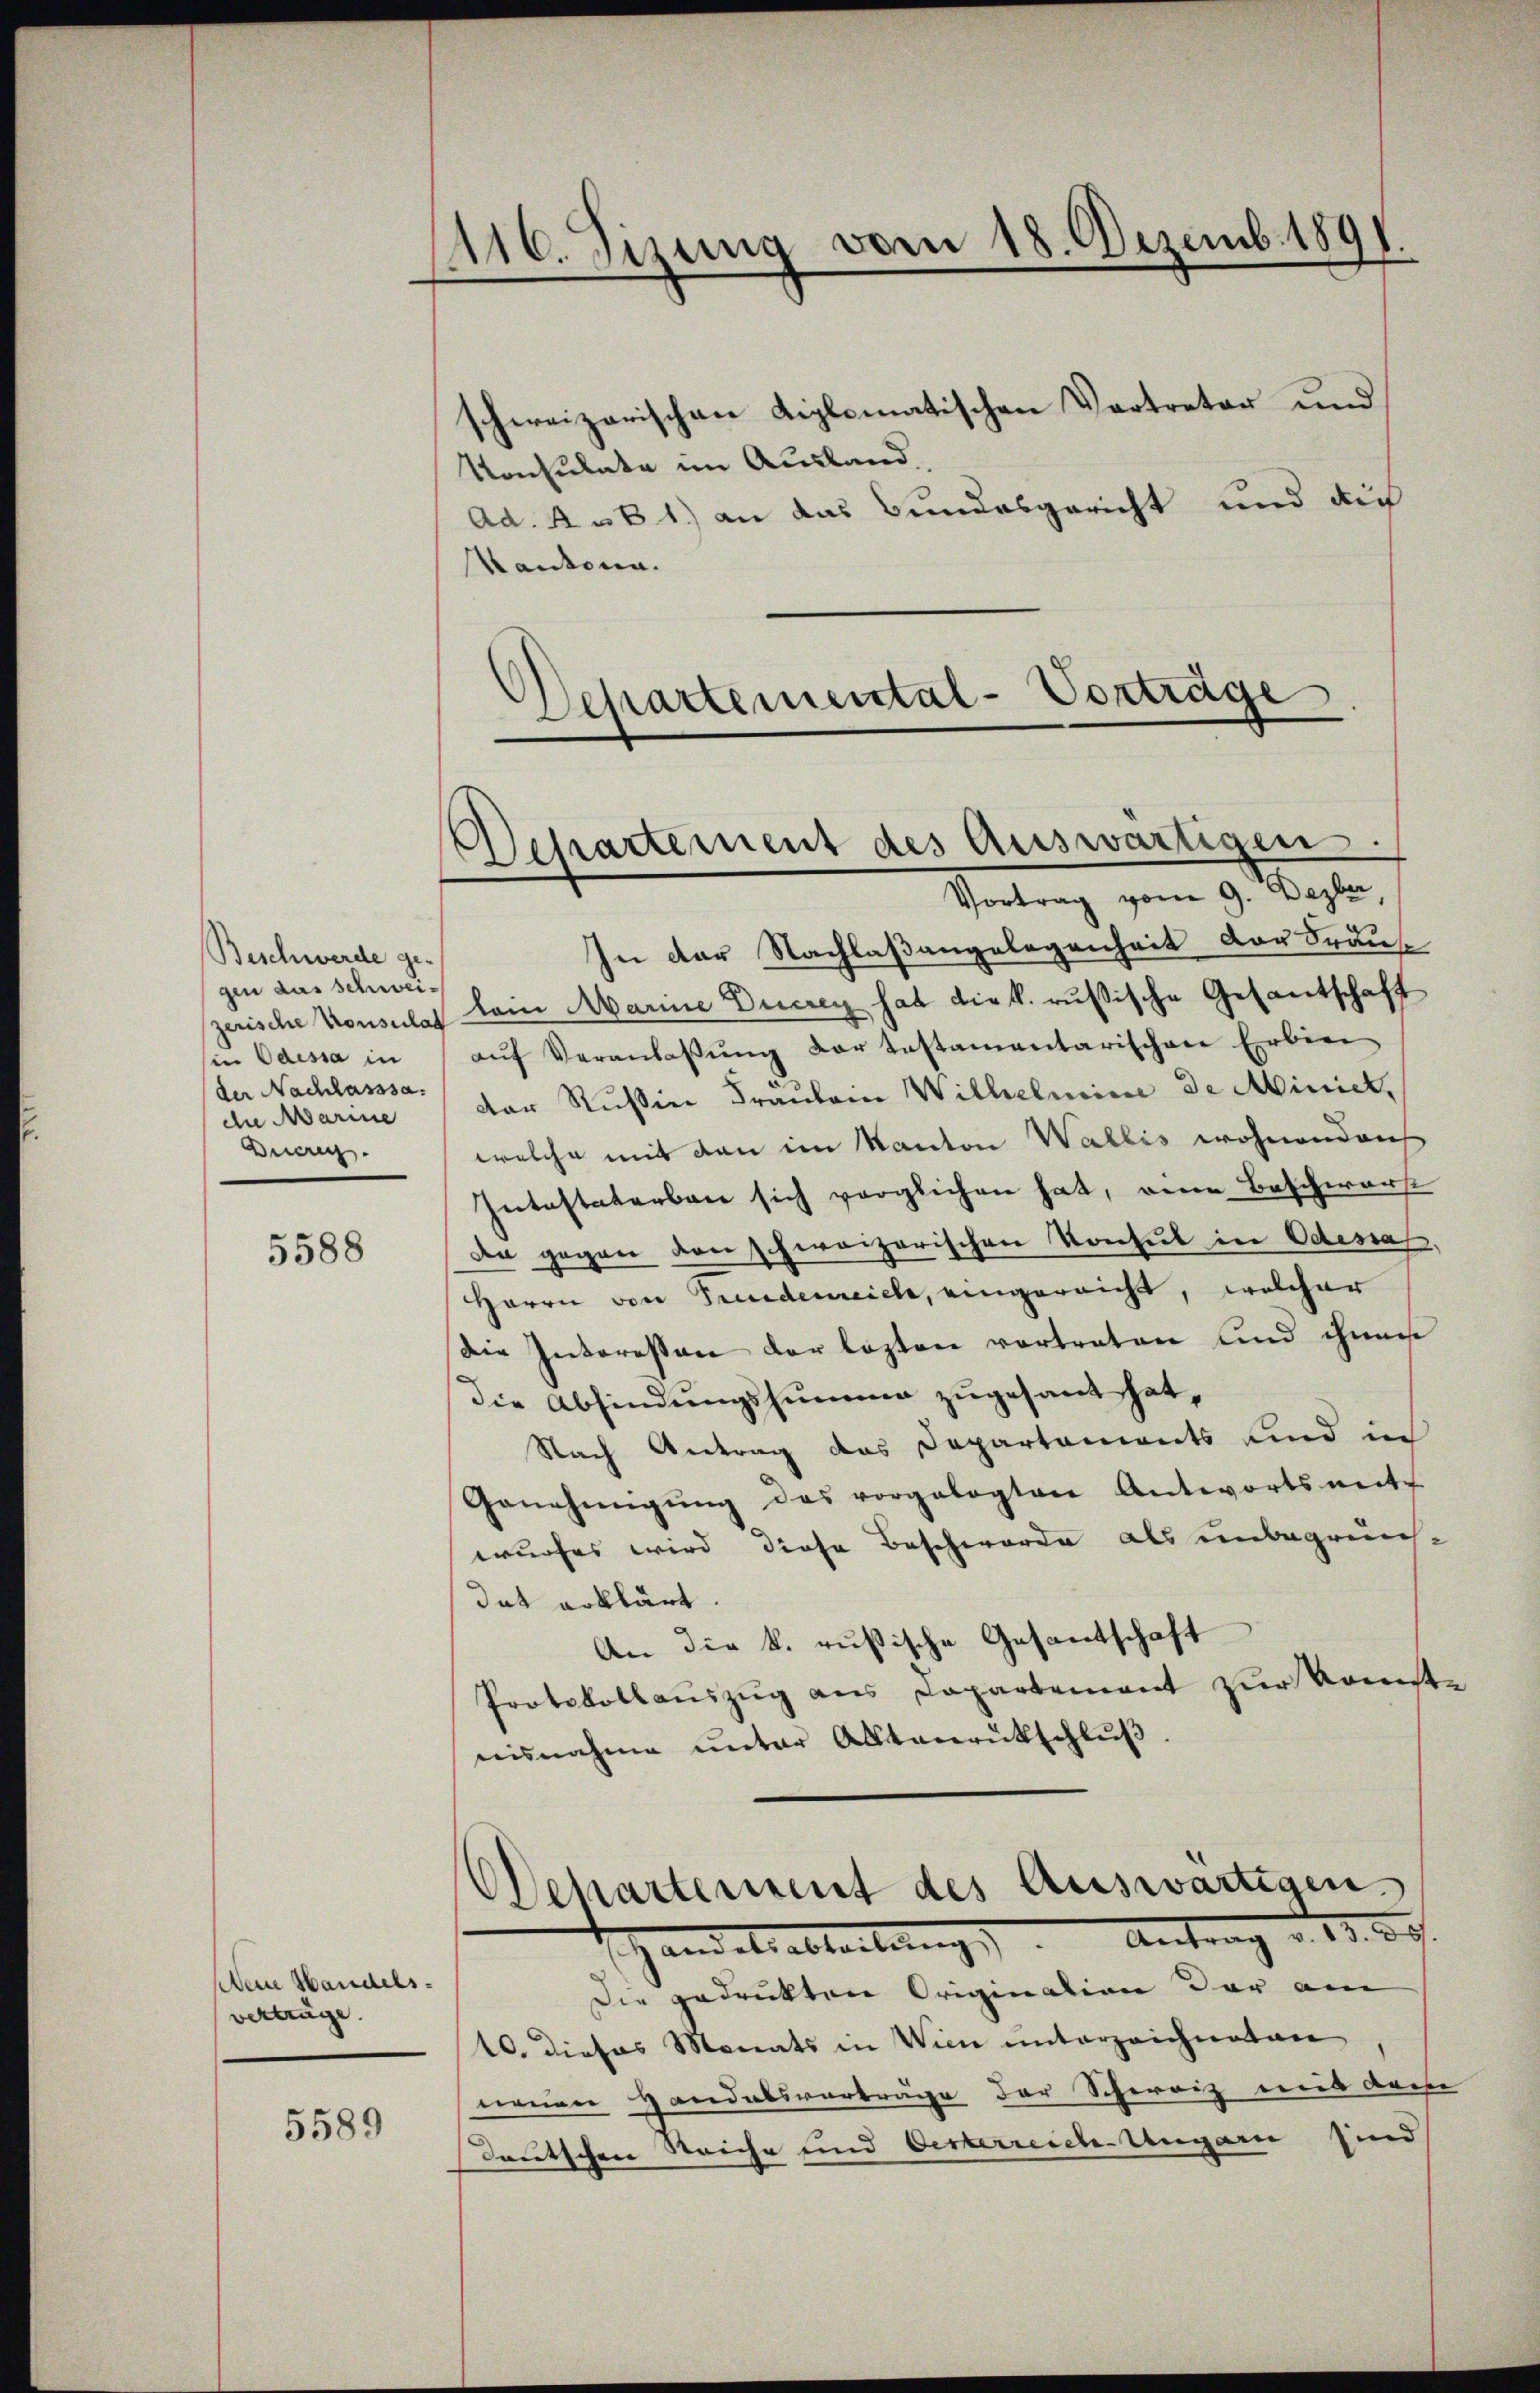
Beschwerde ge-
gen das Schweizerische Konsulat
in Odessa in
der Nachlasssa.
die Marme
Duare

5588

Dein Handels.
vertrüge.

5589

1116. Sizung vom 18. Dezemb. 1891.

schweizerischen diplomatischen Vertreter und
Konsulate im Ausland,
Ad. 4. B 1.) an das Bundesgericht und die
Kantonen.
Departemental-Vorträge

Departement des Auswärtigen.
Vortrag vom 9. Dezber,

In der Nachlaßangelegenheit der Brause
lein Marine Ducrey hat die k. russische Gesantschaft
aŭf Veranlaβŭng der testamentarischen Erbier
der Rußin Fräulen Wilhelmine de Minick,
welche mit den im Kanton Wallis wohnend auf
Intestaterbare sich vorglichen hat, eine Beschwerf
Da gegen den schweizerischen Konsul in Odessas,
Herrn von Findereiche, eingereicht, welcher
Die Interessen der lezten vortreten und ihnen
die Abfindungssumme zugesant hat,
Nach Antrag des Departements und in
Genehmigŭng des vorgelegten Antwortsneite
wurfes wird diese Beschwerde als unbegründat erklärt.
An die k. rusische Gesantschaft
Protokollauszug aus Capartement zur Konst-
nisnahme ŭnter Alltarŭtschlŭβ
Oehartement des Auswärtigen.
Handelsabteilung Antrag d. 13. 29.
Die gedruckten Origination der am
10. dieses Monats in Wien unterzeichneten
neuen Handelsverträge der Schereiz mit dahe
deutschen Reiche und Oesterreich-Ungarn sind